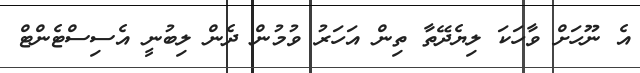
އެ ނޫހަށް ވާހަކަ ލިޔެދޭތާ ތިން އަހަރު ވުމުން ދެން ލިބުނީ އެސިސްޓެންޓް